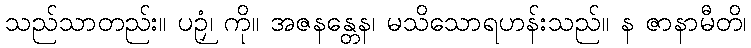
သည်သာတည်း။ ပဉှံ၊ ကို။ အဇနန္တေန၊ မသိသောရဟန်းသည်။ န ဇာနာမီတိ၊